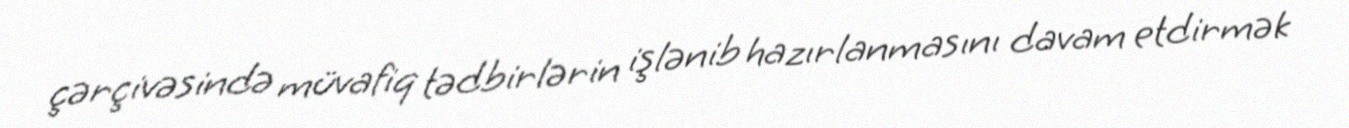
çərçivəsində müvafiq tədbirlərin işlənib hazırlanmasını davam etdirmək